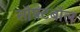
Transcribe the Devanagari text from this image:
सॉफ़्टबॉल